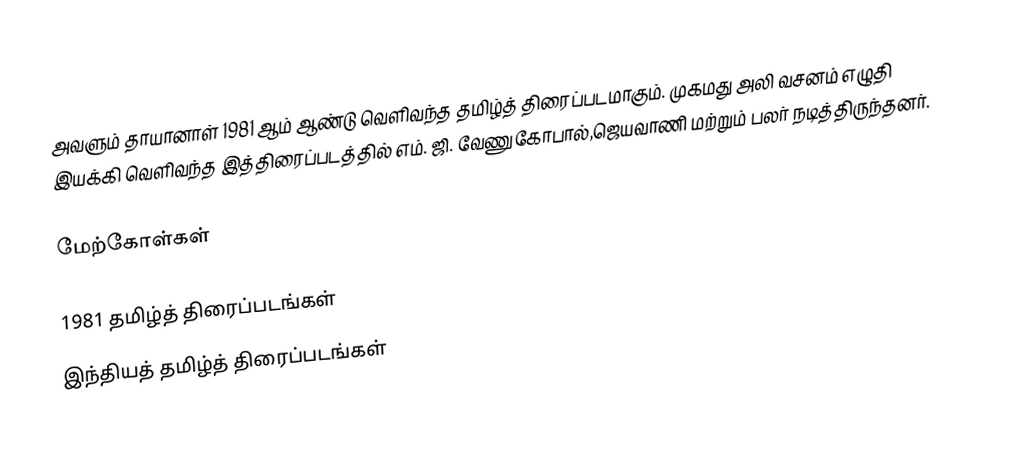
அவளும் தாயானாள் 1981 ஆம் ஆண்டு வெளிவந்த தமிழ்த் திரைப்படமாகும். முகமது அலி வசனம் எழுதி இயக்கி வெளிவந்த இத்திரைப்படத்தில் எம். ஜி. வேணுகோபால்,ஜெயவாணி மற்றும் பலர் நடித்திருந்தனர்.

மேற்கோள்கள்

1981 தமிழ்த் திரைப்படங்கள்
இந்தியத் தமிழ்த் திரைப்படங்கள்